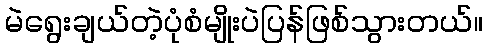
မဲရွေးချယ်တဲ့ပုံစံမျိုးပဲပြန်ဖြစ်သွားတယ်။